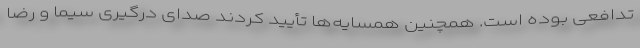
تدافعی بوده است. همچنین همسایه‌ها تأیید کردند صدای درگیری سیما و رضا